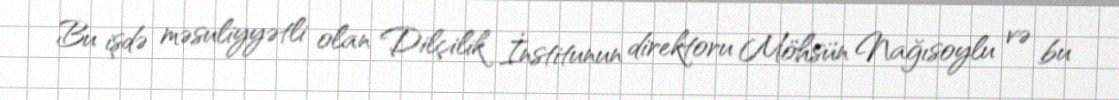
Bu işdə məsuliyyətli olan Dilçilik İnstitunun direktoru Möhsün Nağısoylu və bu